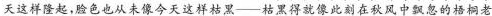
天这样隆起，脸色也从未像今天这样枯黑——枯黑得就像此刻在秋风中飘忽的捂桐老